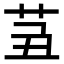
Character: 𦭍